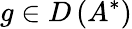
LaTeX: g\in D\left(A^{*}\right)